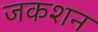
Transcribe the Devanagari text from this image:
जकशन